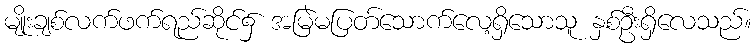
မျိုးချစ်လက်ဖက်ရည်ဆိုင်၌ အမြဲမပြတ်သောက်လေ့ရှိသောသူ နှစ်ဦးရှိလေသည်။